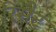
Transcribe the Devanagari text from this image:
रिसैट